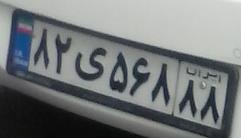
۸۲ی۵۶۸۸۸